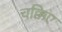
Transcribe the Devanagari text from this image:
चक्किए